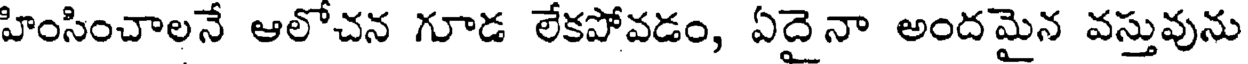
హింసించాలనే ఆలోచన గూడ లేకపోవడం, ఏదైనా అందమైన వస్తువును